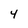
Character: 4